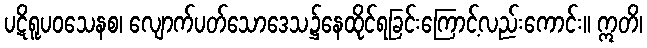
ပဋိရူပဝသေနစ၊ လျောက်ပတ်သောဒေသ၌နေထိုင်ရခြင်းကြောင့်လည်းကောင်း။ ဣတိ၊